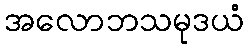
အလောဘသမုဒယံ